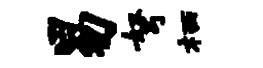
易弩栖